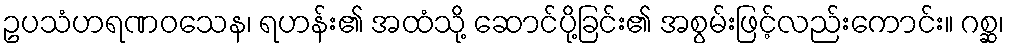
ဥပသံဟရဏဝသေန၊ ရဟန်း၏ အထံသို့ ဆောင်ပို့ခြင်း၏ အစွမ်းဖြင့်လည်းကောင်း။ ဂစ္ဆ၊